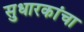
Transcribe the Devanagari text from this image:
सुधारकांचा